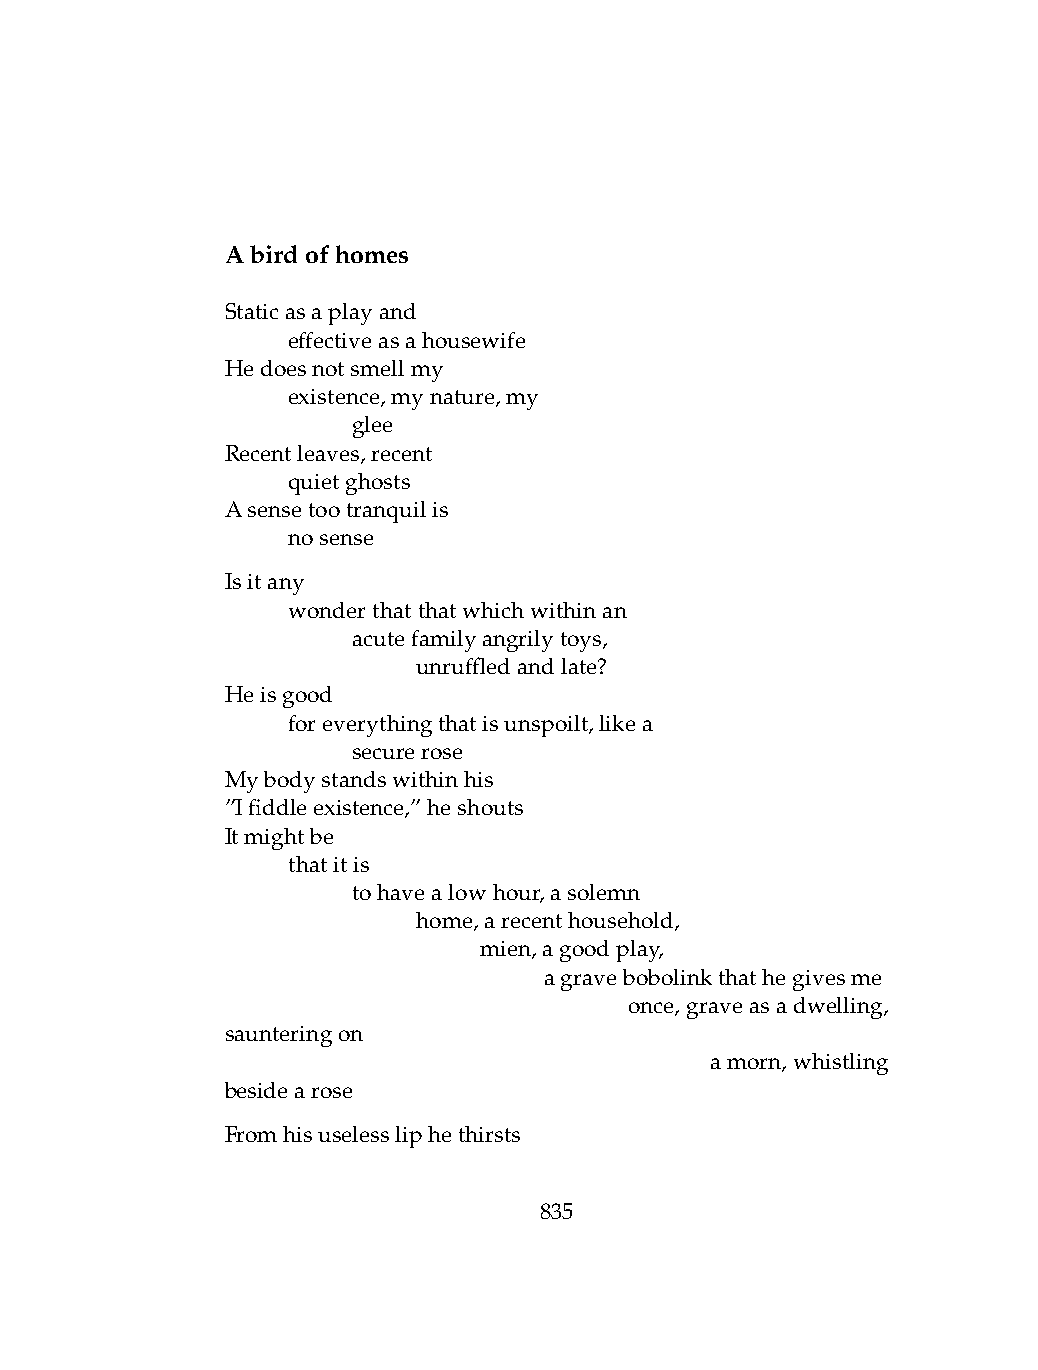
Abirdofhomes
 Staticasaplayand
 .   effectiveasahousewife
 Hedoesnotsmellmy
 .   existence,mynature,my
 .   .   glee
 Recentleaves,recent
 .   quietghosts
 Asensetootranquilis
 .   nosense
 Isitany
 .   wonderthatthatwhichwithinan
 .   .   acutefamilyangrilytoys,
 .   .   .    unruffledandlate?
 Heisgood
 .   foreverythingthatisunspoilt,likea
 .   .   securerose
 Mybodystandswithinhis
 ”Ifiddleexistence,”heshouts
 Itmightbe
 .   thatitis
 .   .   tohavealowhour,asolemn
 .   .   .    home,arecenthousehold,
 .   .   .    .   mien,agoodplay,
 .   .   .    .   .   agravebobolinkthathegivesme
 .   .    .   .    .   .    once,graveasadwelling,
 saunteringon
 .   .    .    .   .    .   .    amorn,whistling
 besidearose
 Fromhisuselessliphethirsts
 835